Medical and sanitary report of the native army of Madras for the year
Year: 1875
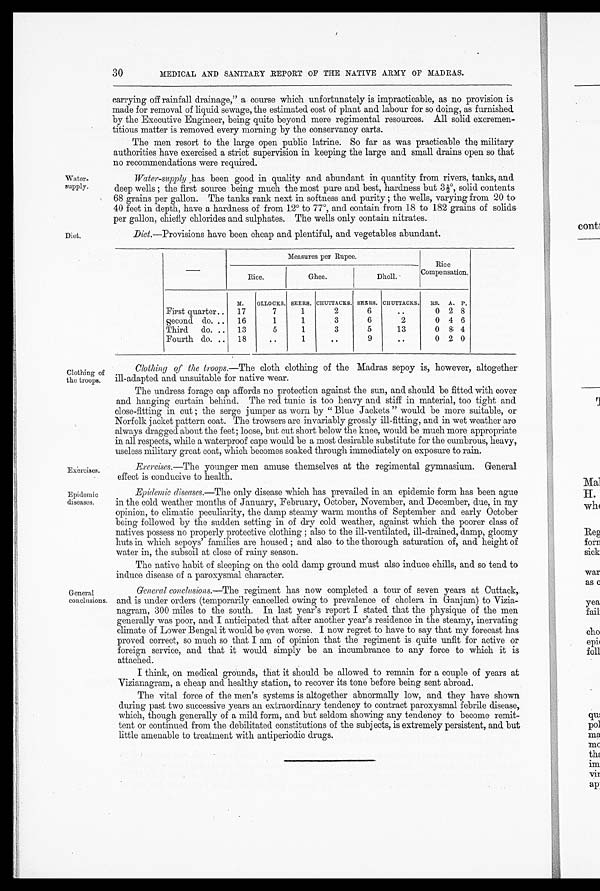
Water.
supply.
Diet.
30
MEDICAL AND SANITARY REPORT OF THE NATIVE ARMY OF MADRAS.
carrying off rainfall drainage," a course which unfortunately is impracticable, as no provision is
made for removal of liquid sewage, the estimated cost of plant and labour for so doing, as furnished
by the Executive Engineer, being quite beyond mere regimental resources. All solid excremen-
titious matter is removed every morning by the conservancy carts.
The men resort to the large open public latrine. So far as was practicable the military
authorities have exercised a strict supervision in keeping the large and small drains open so that
no recommendations were required.
Water-supply has been good in quality and abundant in quantity from rivers, tanks, and
deep wells ; the first source being much the most pure and best, hardness but 3½°, solid contents
68 grains per gallon. The tanks rank next in softness and purity ; the wells, varying from 20 to
40 feet in depth, have a hardness of from 12° to 77°, and contain from 18 to 182 grains of solids
per gallon, chiefly chlorides and sulphates. The wells only contain nitrates.
Diet. —Provisions have been cheap and plentiful, and vegetables abundant.
Measures per Rupee.
Rice
Compensation
.
Rice.
Ghee.
Dholl. •
M. OLLOCKS. SEERS. CHUTTACKS. SEERS. CHUTTACKS. RS. A. p .
First quarter.. 17
7
1
2
6
..
0 2 8
0 4 6
second do. .. 16
1
1
3
6
2
Third do. .. 13
5
1
3
5
13
0 8 4
Fourth do. .. 18
..
. .
9
. .
0 2 0
Clothing of
the troops.
Exercises.
Epidemic
diseases.
General
conclusions.
Clothing of the troops.—The cloth clothing of the Madras sepoy is, however, altogether
ill-adapted and unsuitable for native wear.
The undress forage cap affords no protection against the sun, and should be fitted with cover
and hanging curtain behind. The red tunic is too heavy and stiff in material, too tight and
close-fitting in cut ; the serge jumper as worn by " Blue Jackets " would be more suitable, or
Norfolk jacket pattern coat. The trowsers are invariably grossly ill-fitting, and in wet weather are
always dragged about the feet; loose, but cut short below the knee, would be much more appropriate
in all respects, while a waterproof cape would be a most desirable substitute for the cumbrous, heavy,
useless military great coat, which becomes soaked through immediately on exposure to rain.
Exercises.—The younger men amuse themselves at the regimental gymnasium. General
effect is conducive to health.
Epidemic diseases. —The only disease which has prevailed in an epidemic form has been ague
in the cold weather months of January, February, October, November, and December, due, in my
opinion, to climatic peculiarity, the damp steamy warm months of September and early October
being followed by the sudden setting in of dry cold weather, against which the poorer class of
natives possess no properly protective clothing ; also to the ill-ventilated, ill-drained, damp, gloomy
huts in which sepoys' families are housed ; and also to the thorough saturation of, and height of
water in, the subsoil at close of rainy season.
The native habit of sleeping on the cold damp ground must also induce chills, and so tend to
induce disease of a paroxysmal character.
General conclusions.—The regiment has now completed a tour of seven years at Cuttack,
and is under orders (temporarily cancelled owing to prevalence of cholera in Ganjam) to Vizia-
nagram, 300 miles to the south. In last year's report I stated that the physique of the men
generally was poor, and I anticipated that after another year's residence in the steamy, inervating
climate of Lower Bengal it would be even worse. I now regret to have to say that my forecast has
proved correct, so much so that I am of opinion that the regiment is quite unfit for active or
foreign service, and that it would simply be an incumbrance to any force to which it is
attached.
I think, on medical grounds, that it should be allowed to remain for a couple of years at
Vizianagram, a cheap and healthy station, to recover its tone before being sent abroad.
The vital force of the men's systems is altogether abnormally low, and they have shown
during past two successive years an extraordinary tendency to contract paroxysmal febrile disease,
which, though generally of a mild form, and but seldom showing any tendency to become remit-
tent or continued from the debilitated constitutions of the subjects, is extremely persistent, and but
little amenable to treatment with antiperiodic drugs.